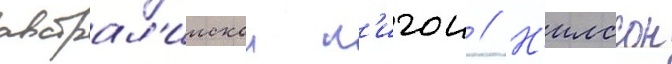
австрал'иискои л'игои // Н'илссон